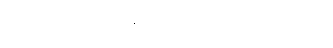
အစီအစဉ်တစ်ချို့ပြောင်းလဲခဲ့ရပါတယ်။